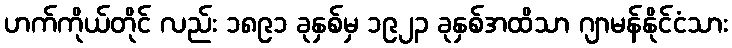
ဟက်ကိုယ်တိုင် လည်း ၁၈၉၁ ခုနှစ်မှ ၁၉၂၃ ခုနှစ်အထိသာ ဂျာမန်နိုင်ငံသား